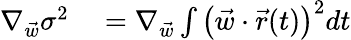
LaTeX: \begin{array}{rl}{\nabla_{\vec{w}}\sigma^{2}}&{{}=\nabla_{\vec{w}}\int\left(\vec{w}\cdot\vec{r}(t)\right)^{2}dt}\end{array}